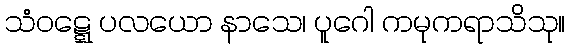
သံဝဋ္ဋေ ပလယော နာသေ၊ ပူဂေါ ကမုကရာသိသု။